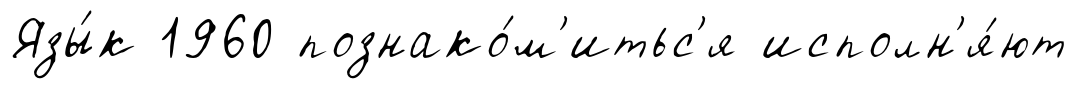
Язы́к 1960 познако́м'итьс'я исполн'я́ют